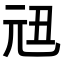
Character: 𠒉